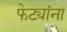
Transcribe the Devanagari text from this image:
फेट्यांना